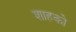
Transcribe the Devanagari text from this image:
शाहको